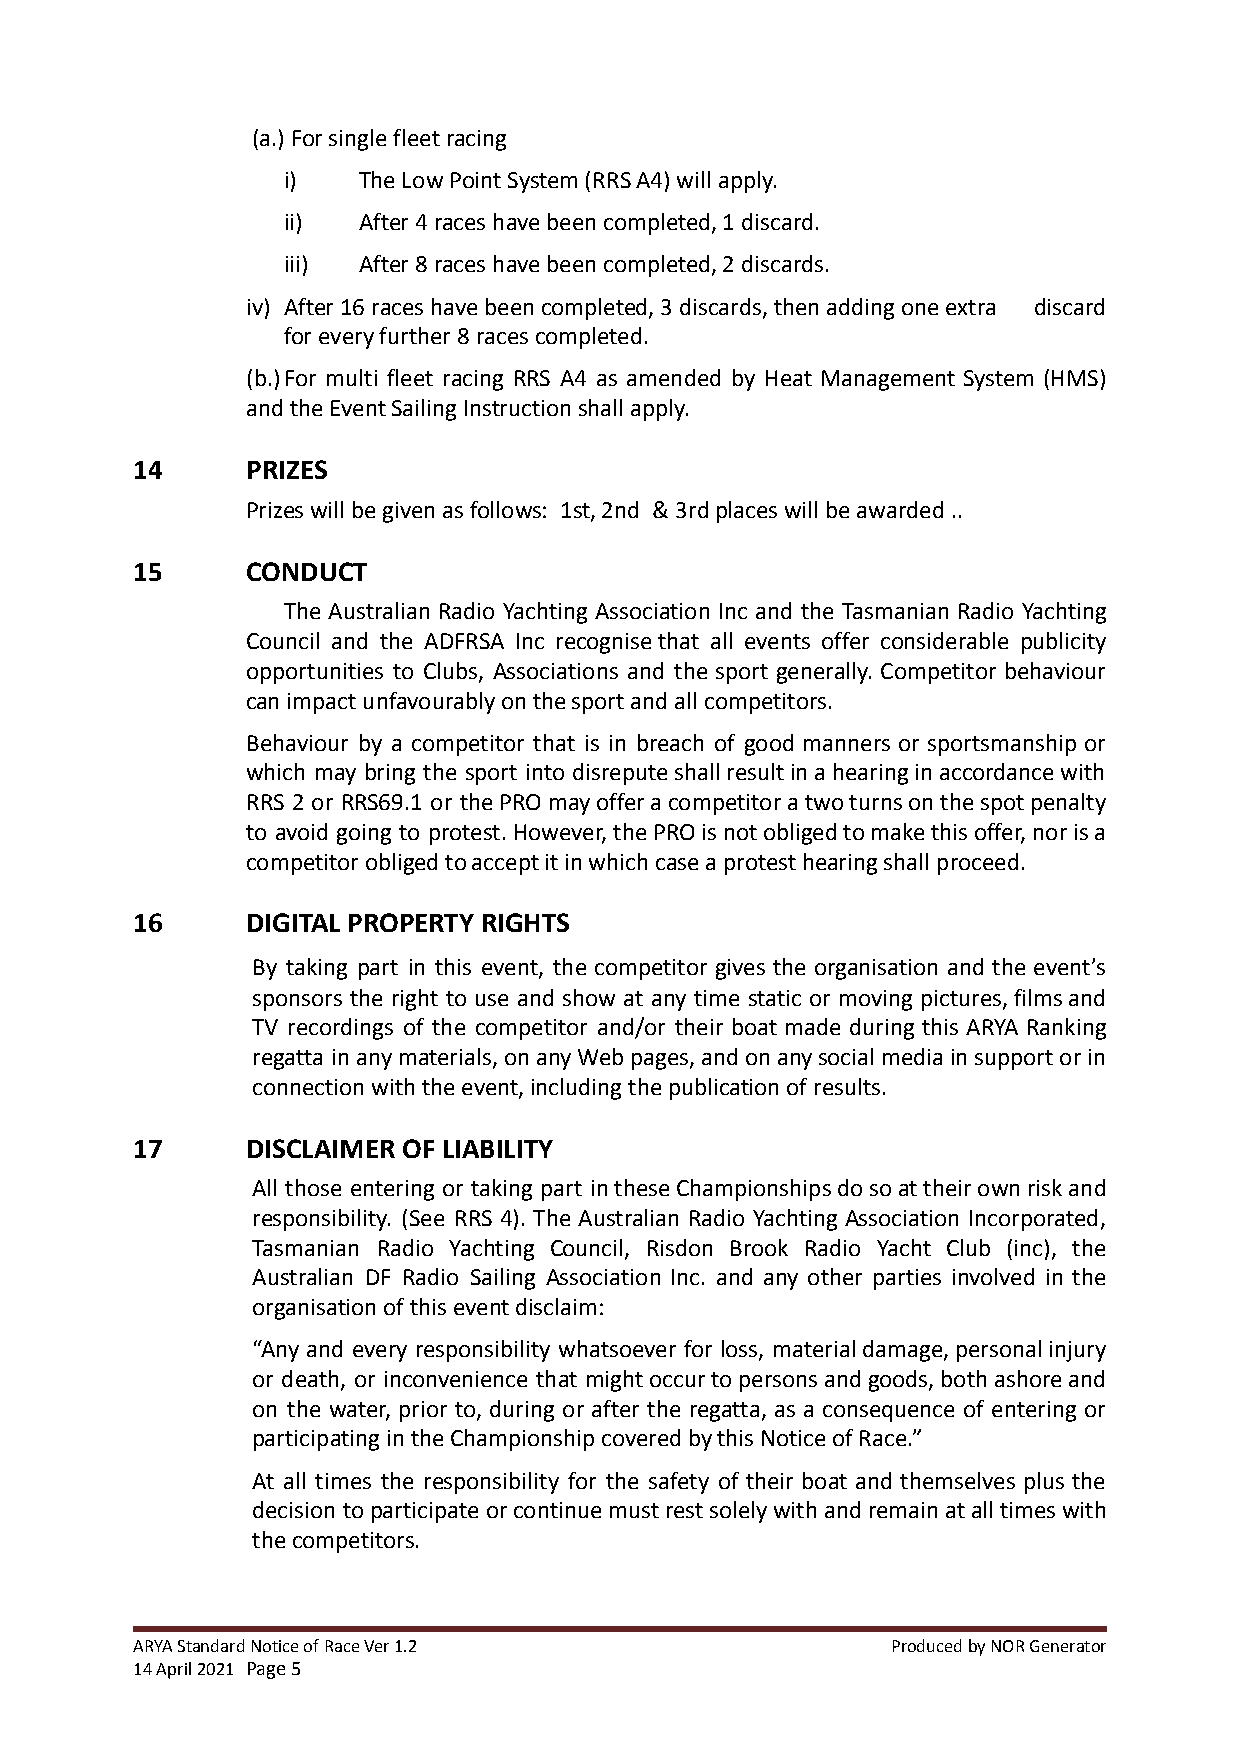
(a.) For single fleet racing
 i)   The Low Point System (RRS A4) will apply.
 ii)  After 4 races have been completed, 1 discard.
 iii) After 8 races have been completed, 2 discards.
 iv) After 16 races have been completed, 3 discards, then adding one extra discard
 for every further 8 races completed.
 (b.)For multi fleet racing RRS A4 as amended by Heat Management System (HMS)
 and the Event Sailing Instruction shall apply.
 14     PRIZES
 Prizes will be given as follows: 1st, 2nd & 3rdplaces will be awarded ..
 15     CONDUCT
 The Australian Radio Yachting Association Inc and the Tasmanian Radio Yachting
 Council and the ADFRSA Inc recognise that all events offer considerable publicity
 opportunities to Clubs, Associations and the sport generally. Competitor behaviour
 can impact unfavourably on the sport and all competitors.
 Behaviour by a competitor that is in breach of good manners or sportsmanship or
 which may bring the sport into disreputeshallresultinahearinginaccordancewith
 RRS 2 or RRS69.1 or thePROmayofferacompetitoratwoturnsonthespotpenalty
 to avoid going to protest.However,thePROisnotobligedtomakethisoffer,norisa
 competitor obliged to accept it in which case a protest hearing shall proceed.
 16     DIGITAL PROPERTY RIGHTS
 By taking part in this event, the competitor gives the organisation and the event’s
 sponsors the right to use and show at any time static or moving pictures,filmsand
 TV recordings of the competitor and/or their boat made during this ARYA Ranking
 regatta inanymaterials,onanyWebpages,andonanysocialmediainsupportorin
 connection with the event, including the publication of results.
 17     DISCLAIMER OF LIABILITY
 All those entering or taking part intheseChampionshipsdosoattheirownriskand
 responsibility. (See RRS 4). The Australian Radio Yachting Association Incorporated,
 Tasmanian Radio Yachting Council, Risdon Brook Radio Yacht Club (inc), the
 Australian DF Radio Sailing Association Inc. and any other parties involved in the
 organisation of this event disclaim:
 “Any and every responsibility whatsoever for loss, materialdamage,personalinjury
 or death, or inconvenience that mightoccurtopersonsandgoods,bothashoreand
 on the water, prior to, during or after the regatta, as a consequence of entering or
 participating in the Championship covered by this Notice of Race.”
 At all times the responsibility for the safety of their boat and themselves plus the
 decision toparticipateorcontinuemustrestsolelywithandremainatalltimeswith
 the competitors.
 ARYA Standard Notice of Race Ver 1.2              Produced by NOR Generator
 14 April 2021 Page5